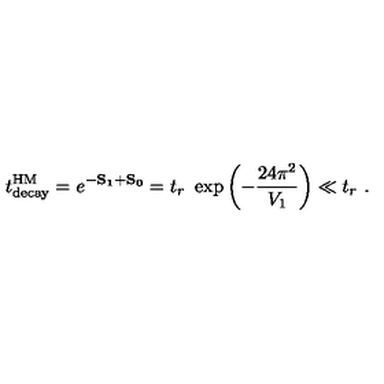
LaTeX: t _ { \mathrm { d e c a y } } ^ { \mathrm { H M } } = e ^ { - \bf S _ { 1 } + \bf S _ { 0 } } = t _ { r } \ \exp \left( - { \frac { 2 4 \pi ^ { 2 } } { V _ { 1 } } } \right) \ll t _ { r } \ .